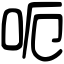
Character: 呃